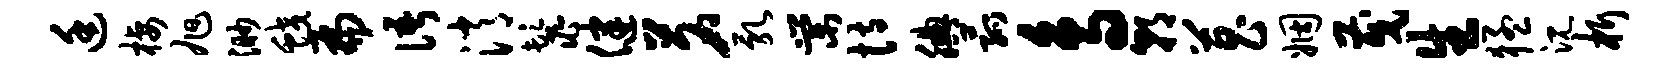
廷栖旭渺蛟扁语消鬣健茗乳棠恃腆菰鸟朝菖姻茂生猛沉析